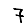
Digit: 7